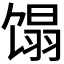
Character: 𬳉